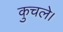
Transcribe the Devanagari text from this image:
कुचले।